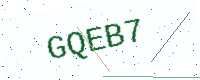
Text: GQEB7